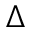
\Delta